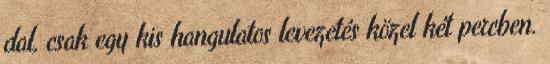
dal, csak egy kis hangulatos levezetés közel két percben.